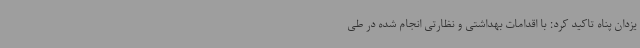
یزدان پناه تاکید کرد: با اقدامات بهداشتی و نظارتی انجام شده در طی